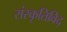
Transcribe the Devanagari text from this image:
संस्कृतिविद्